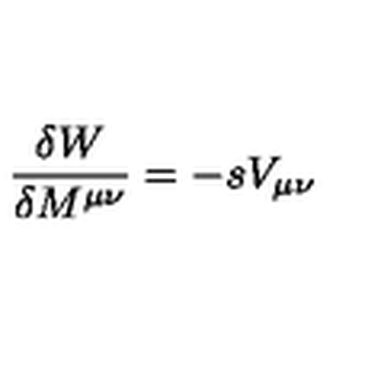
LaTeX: { \frac { \delta W } { \delta M ^ { \mu \nu } } } = - s V _ { \mu \nu }